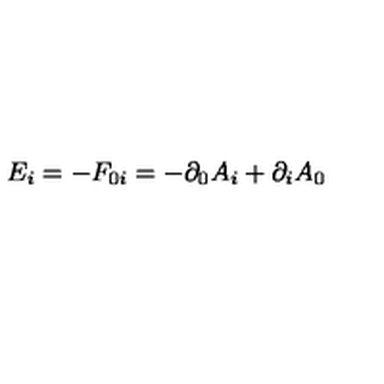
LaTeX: { E _ { i } } = - F _ { 0 i } = - \partial _ { 0 } A _ { i } + \partial _ { i } A _ { 0 }